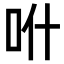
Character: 𠯰